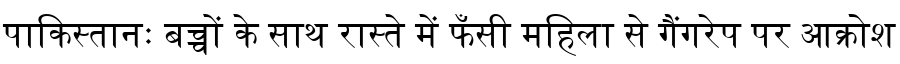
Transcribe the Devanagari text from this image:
पाकिस्तानः बच्चों के साथ रास्ते में फँसी महिला से गैंगरेप पर आक्रोश